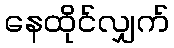
နေထိုင်လျှက်